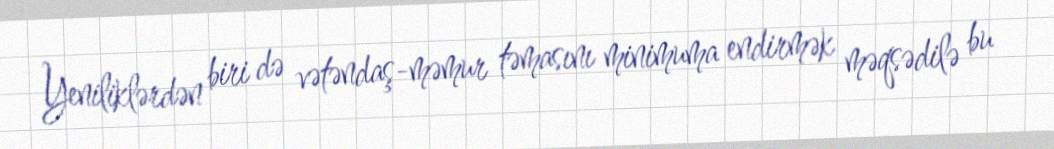
Yeniliklərdən biri də vətəndaş-məmur təmasını minimuma endirmək məqsədilə bu